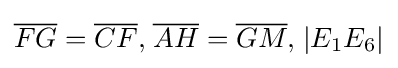
{\overline {FG}}={\overline {CF}}{\text{,}}\;{\overline {AH}}={\overline {GM}}{\text{,}}\;|E_{1}E_{6}|